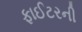
ફાઈટરની